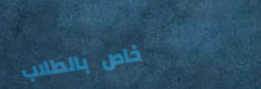
خاص بالطلاب